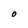
Character: O